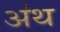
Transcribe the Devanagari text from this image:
अंथ